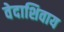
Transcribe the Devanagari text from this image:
वेदाशिवाय